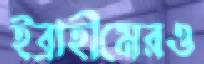
ইব্রাহীমেরও